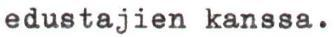
edustajien kanssa.